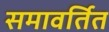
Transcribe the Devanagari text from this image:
समावर्तित